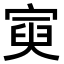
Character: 𡩟